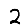
Digit: 2